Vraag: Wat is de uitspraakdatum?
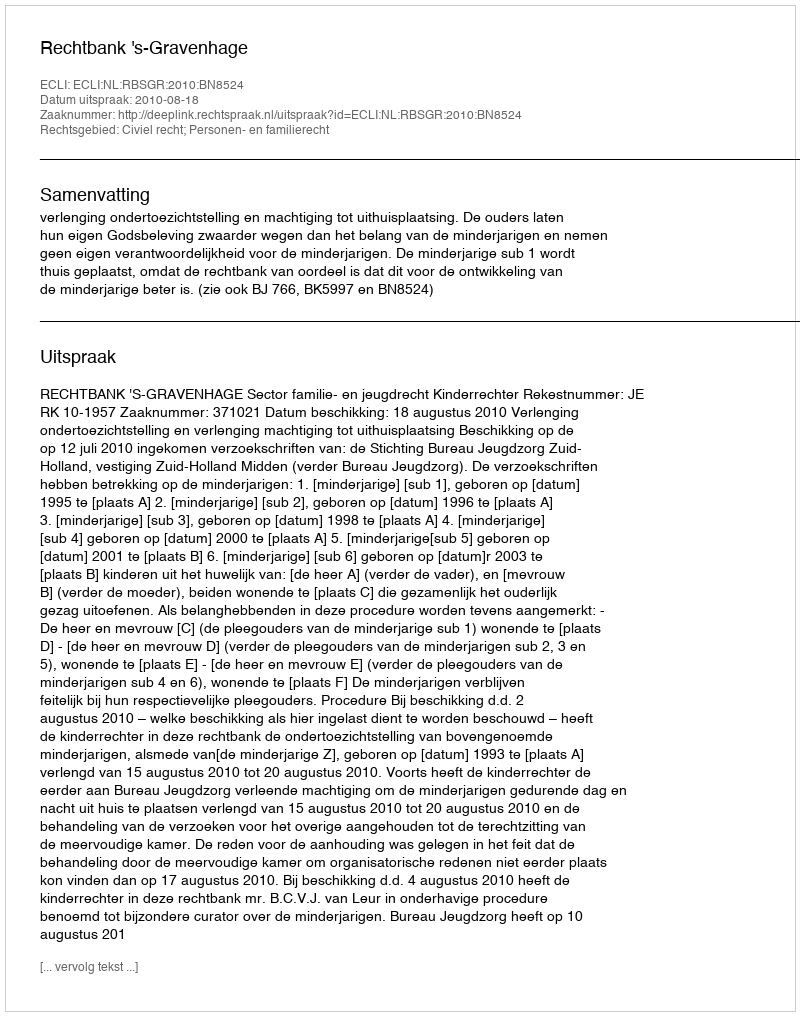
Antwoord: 2010-08-18